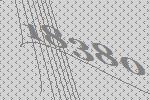
18380